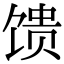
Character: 馈